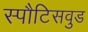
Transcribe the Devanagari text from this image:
स्पौटिसवुड